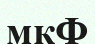
мкФ